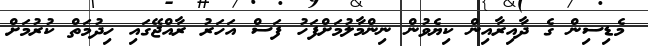
މެޑިސިން ގެ ދާއިރާއިން ކިޔެވުން ނިންމާލުމަށްފަހު ފަސް އަހަރު ރާއްޖޭގައި ހިދުމަތް ކުރުމަށް